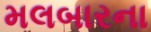
મલબારના